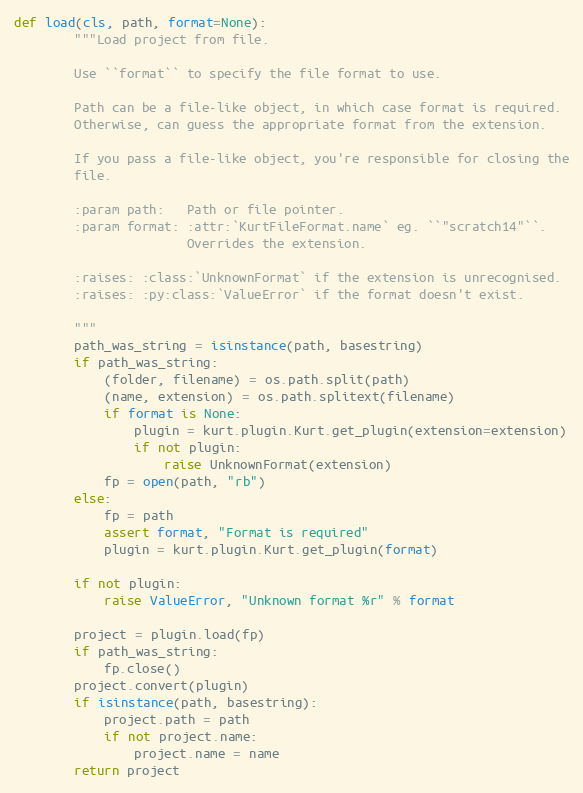
Language: Python
def load(cls, path, format=None):
        """Load project from file.

        Use ``format`` to specify the file format to use.

        Path can be a file-like object, in which case format is required.
        Otherwise, can guess the appropriate format from the extension.

        If you pass a file-like object, you're responsible for closing the
        file.

        :param path:   Path or file pointer.
        :param format: :attr:`KurtFileFormat.name` eg. ``"scratch14"``.
                       Overrides the extension.

        :raises: :class:`UnknownFormat` if the extension is unrecognised.
        :raises: :py:class:`ValueError` if the format doesn't exist.

        """
        path_was_string = isinstance(path, basestring)
        if path_was_string:
            (folder, filename) = os.path.split(path)
            (name, extension) = os.path.splitext(filename)
            if format is None:
                plugin = kurt.plugin.Kurt.get_plugin(extension=extension)
                if not plugin:
                    raise UnknownFormat(extension)
            fp = open(path, "rb")
        else:
            fp = path
            assert format, "Format is required"
            plugin = kurt.plugin.Kurt.get_plugin(format)

        if not plugin:
            raise ValueError, "Unknown format %r" % format

        project = plugin.load(fp)
        if path_was_string:
            fp.close()
        project.convert(plugin)
        if isinstance(path, basestring):
            project.path = path
            if not project.name:
                project.name = name
        return project